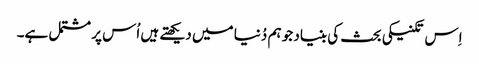
اِس تکنیکی بحث کی بنیاد جو ہم دُنیا میں دیکھتے ہیں اُس پر مشتمل ہے۔